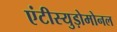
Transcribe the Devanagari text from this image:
एंटीस्युड़ोमोनल